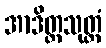
အာဒိတ္တသုတ္တံ